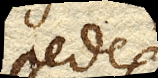
pedes